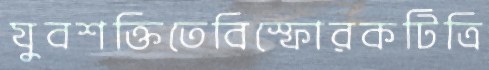
যুবশক্তিতেবিস্ফোরকটিত্রি